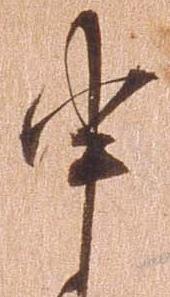
申